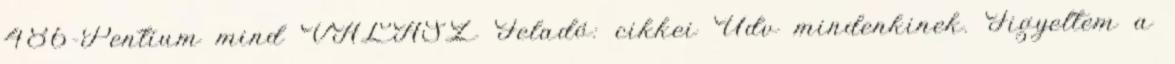
486-Pentium mind VÁLASZ Feladó: cikkei Udv mindenkinek. Figyeltem a